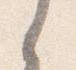
之